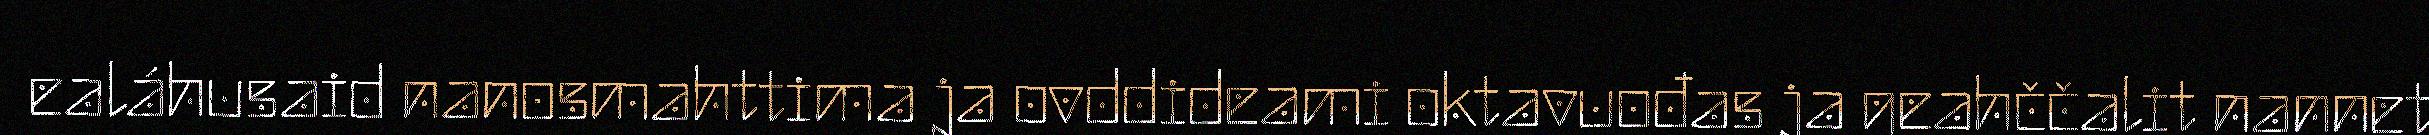
ealáhusaid nanosmahttima ja ovddideami oktavuođas ja geahččalit nannet